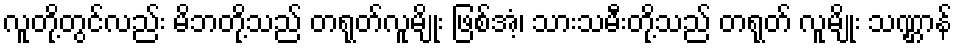
လူတို့တွင်လည်း မိဘတို့သည် တရုတ်လူမျိုး ဖြစ်အံ့၊ သားသမီးတို့သည် တရုတ် လူမျိုး သဏ္ဌာန်